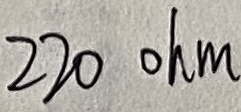
Text: 220 ohm